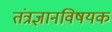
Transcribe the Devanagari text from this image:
तंत्रज्ञानविषयक